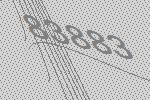
83883